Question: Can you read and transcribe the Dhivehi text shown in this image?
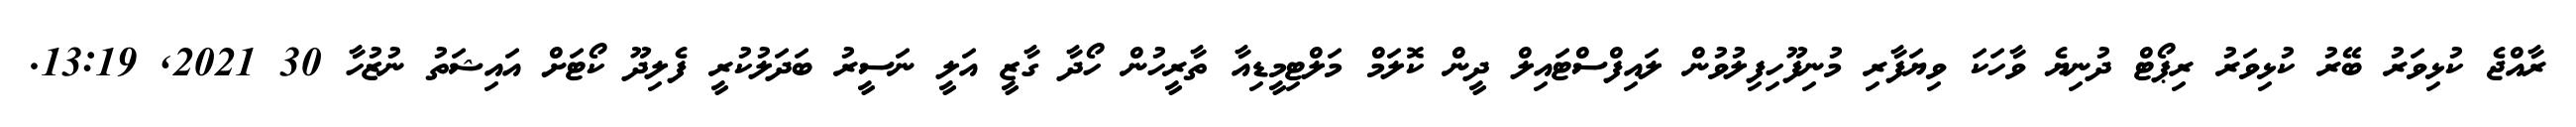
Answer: ރާއްޖެ ކުޅިވަރު ބޭރު ކުޅިވަރު ރިޕޯޓް ދުނިޔެ ވާހަކަ ވިޔަފާރި މުނިފޫހިފިލުވުން ލައިފްސްޓައިލް ދީން ކޮލަމް މަލްޓިމީޑިއާ ތާރީހުން ހޯދާ ގާޒީ އަލީ ނަސީރު ބަދަލުކުރީ ފެލިދޫ ކޯޓަށް އައިޝަތު ނުޒުހާ 30 2021, 13:19.